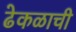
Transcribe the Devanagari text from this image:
ढेकळाची